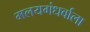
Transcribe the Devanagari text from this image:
मलयगंधर्वाला